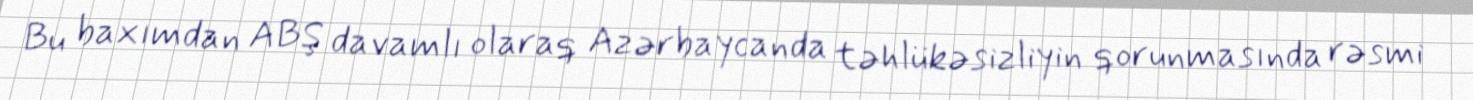
Bu baxımdan ABŞ davamlı olaraq Azərbaycanda təhlükəsizliyin qorunmasında rəsmi